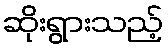
ဆိုးရွားသည့်